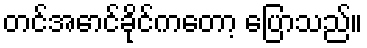
တင်အောင်ခိုင်ကတော့ ပြောသည်။